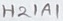
Text: H21A1